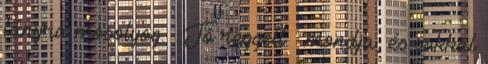
lányra mosolyog. – Jó reggelt – mondja, és sokkal